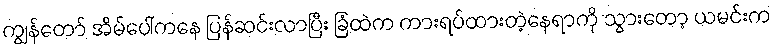
ကျွန်တော် အိမ်ပေါ်ကနေ ပြန်ဆင်းလာပြီး ခြံထဲက ကားရပ်ထားတဲ့နေရာကို သွားတော့ ယမင်းက